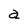
Character: a